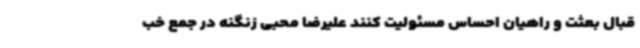
قبال بعثت و راهیان احساس مسئولیت کنند علیرضا محبی زنگنه در جمع خب